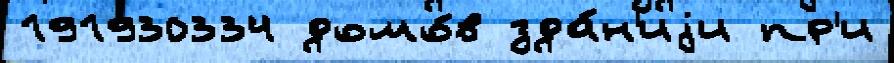
191930334 домо́в зда́н'иjи пр'и